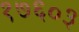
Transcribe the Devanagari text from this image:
१७६०३